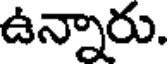
ఉన్నారు.